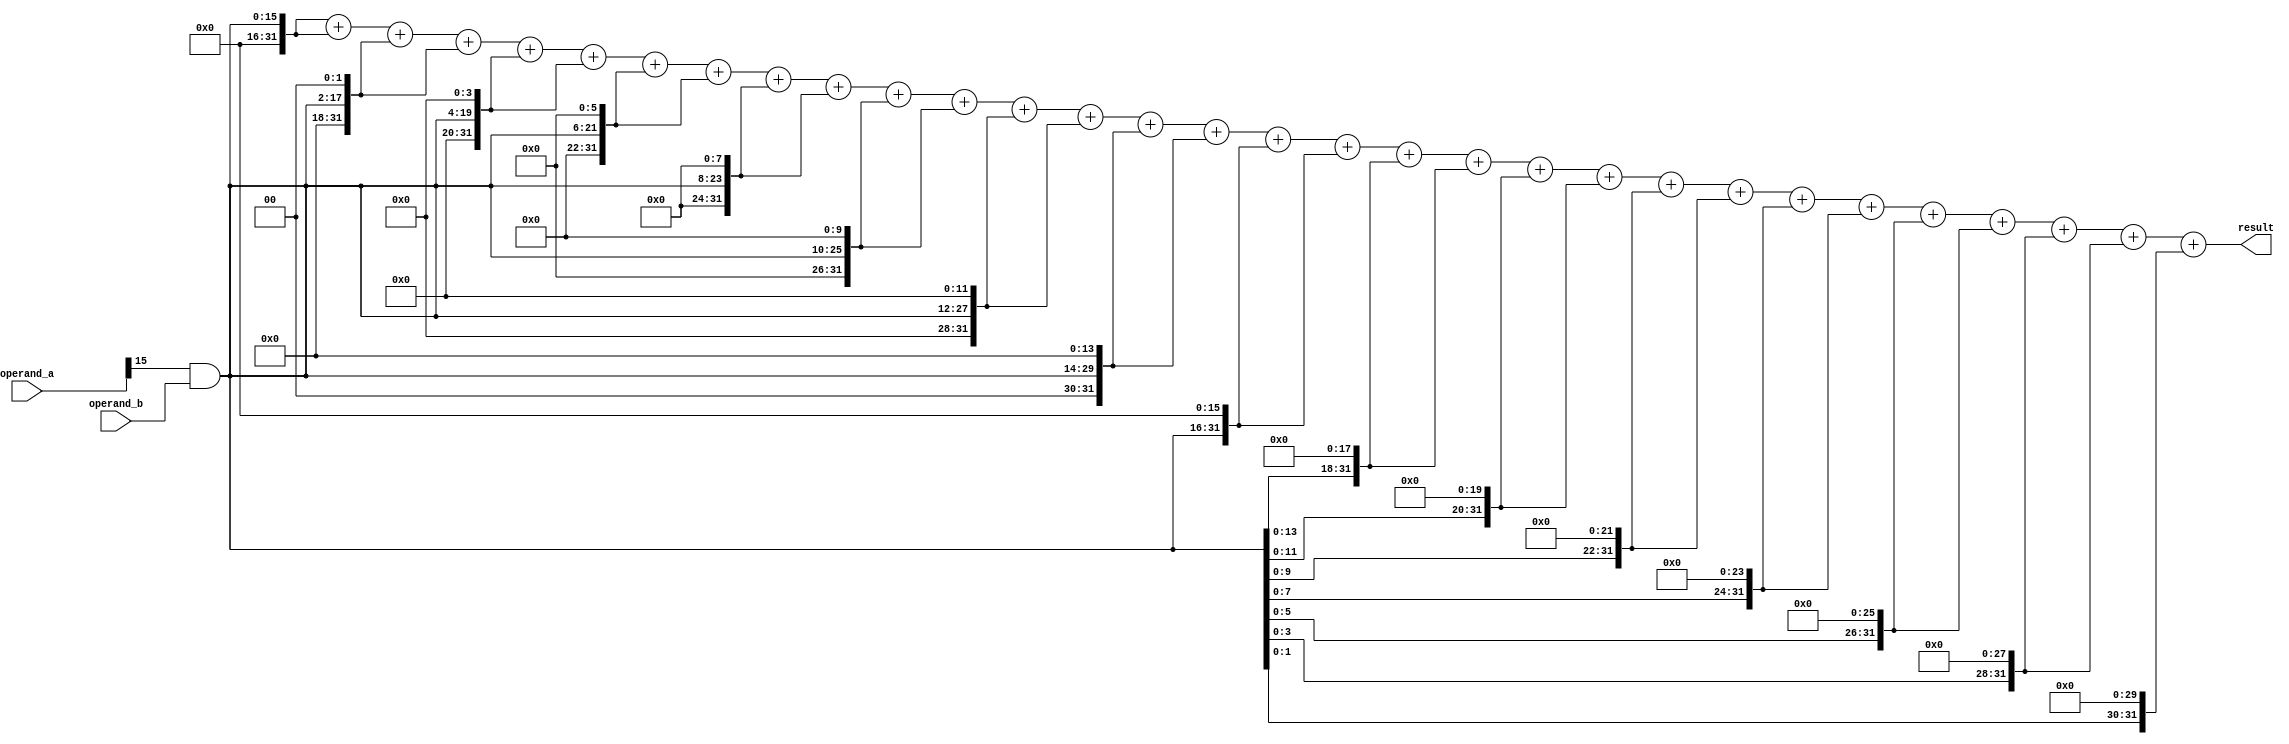
module wallace_tree_multiplier(
    input wire [15:0] operand_a,
    input wire [15:0] operand_b,
    output wire [31:0] result
);

wire [31:0] partial_products [15:0];
wire [31:0] intermediate_sums [31:0];
wire [31:0] final_result;

genvar i, j;
generate
    for (i = 0; i < 16; i = i + 1) begin
        assign partial_products[i] = operand_a[i] & operand_b;
        for (j = 0; j < 31; j = j + 1) begin
            if (j % 2 == 0) begin
                assign intermediate_sums[j] = partial_products[i] << j;
            end else begin
                assign intermediate_sums[j] = partial_products[i] << (j-1);
            end
        end
    end
endgenerate

assign final_result = intermediate_sums[0] + intermediate_sums[1] + intermediate_sums[2] + intermediate_sums[3] + intermediate_sums[4] + intermediate_sums[5] + intermediate_sums[6] + intermediate_sums[7] + intermediate_sums[8] + intermediate_sums[9] + intermediate_sums[10] + intermediate_sums[11] + intermediate_sums[12] + intermediate_sums[13] + intermediate_sums[14] + intermediate_sums[15] + intermediate_sums[16] + intermediate_sums[17] + intermediate_sums[18] + intermediate_sums[19] + intermediate_sums[20] + intermediate_sums[21] + intermediate_sums[22] + intermediate_sums[23] + intermediate_sums[24] + intermediate_sums[25] + intermediate_sums[26] + intermediate_sums[27] + intermediate_sums[28] + intermediate_sums[29] + intermediate_sums[30];

assign result = final_result;

endmodule